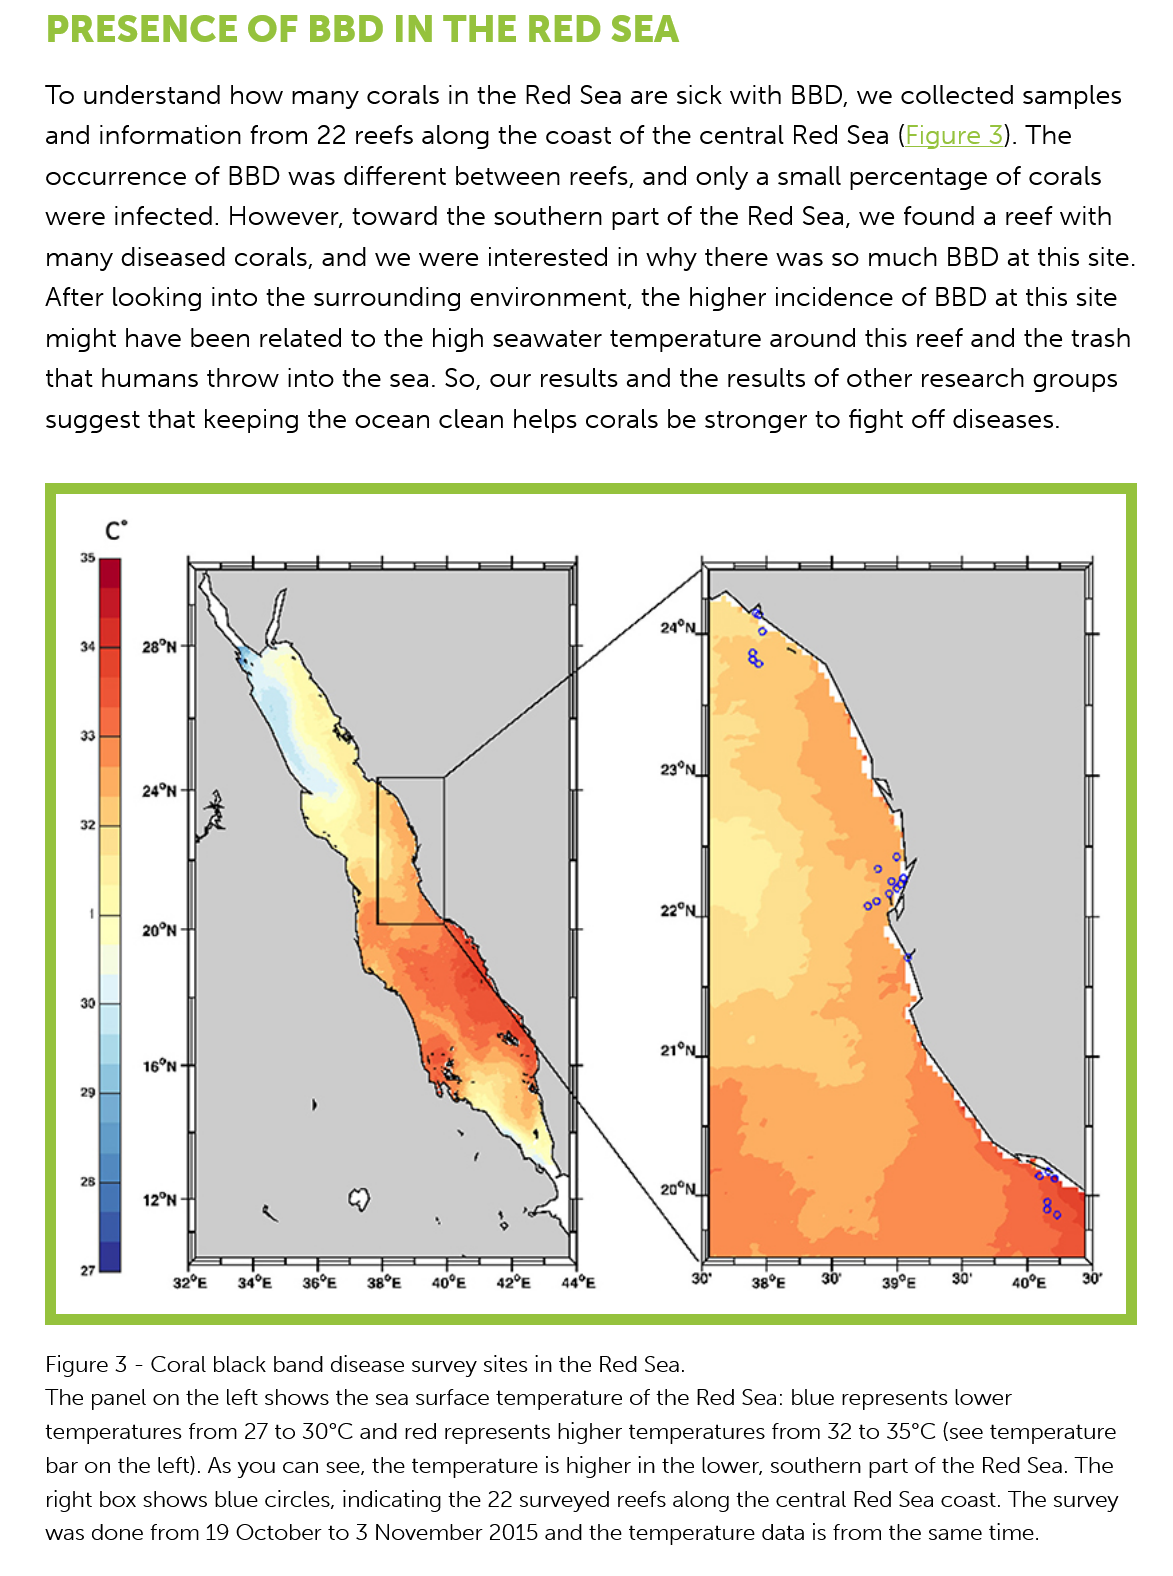
PRESENCE    OF    BBD    IN  THE    RED    SEA
    To understand   how  many corals  in the Red Sea are sick with BBD, we collected  samples
    and  information from  22 reefs along the coast of the central Red Sea (Figure  3). The
    occurrence   of BBD  was different between  reefs, and only a small percentage of corals
    were  infected. However,  toward  the southern part of the Red Sea, we  found a reef with
    many diseased   corals, and we were interested  in why there was  so much  BBD at this site.
    After looking into the surrounding  environment,  the higher incidence of BBD at this site
    might  have been  related to the high seawater temperature  around  this reef and the trash
    that humans   throw  into the sea. So, our results and the results of other research groups
    suggest  that keeping the ocean  clean helps corals be stronger to fight off diseases.
    Figure 3
     -
     Coral black band disease survey sites in the Red Sea.
    The panel on the left shows the sea surface temperature of the Red Sea: blue represents lower
    temperatures from 27 to 30°C and red represents higher temperatures from 32 to 35°C (see temperature
    bar on the left). As you can see, the temperature is higher in the lower, southern part of the Red Sea. The
    right box shows blue circles, indicating the 22 surveyed reefs along the central Red Sea coast. The survey
    was done from 19 October to 3 November 2015 and the temperature data is from the same time.